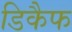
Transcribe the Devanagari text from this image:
डिकैफ